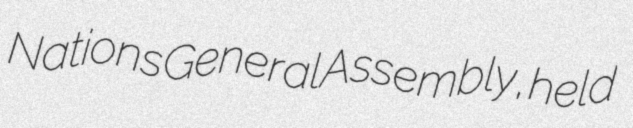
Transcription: Nations General Assembly, held